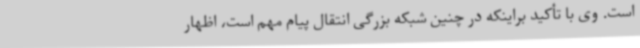
است. وی با تأکید براینکه در چنین شبکه بزرگی انتقال پیام مهم است، اظهار